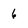
Character: 6